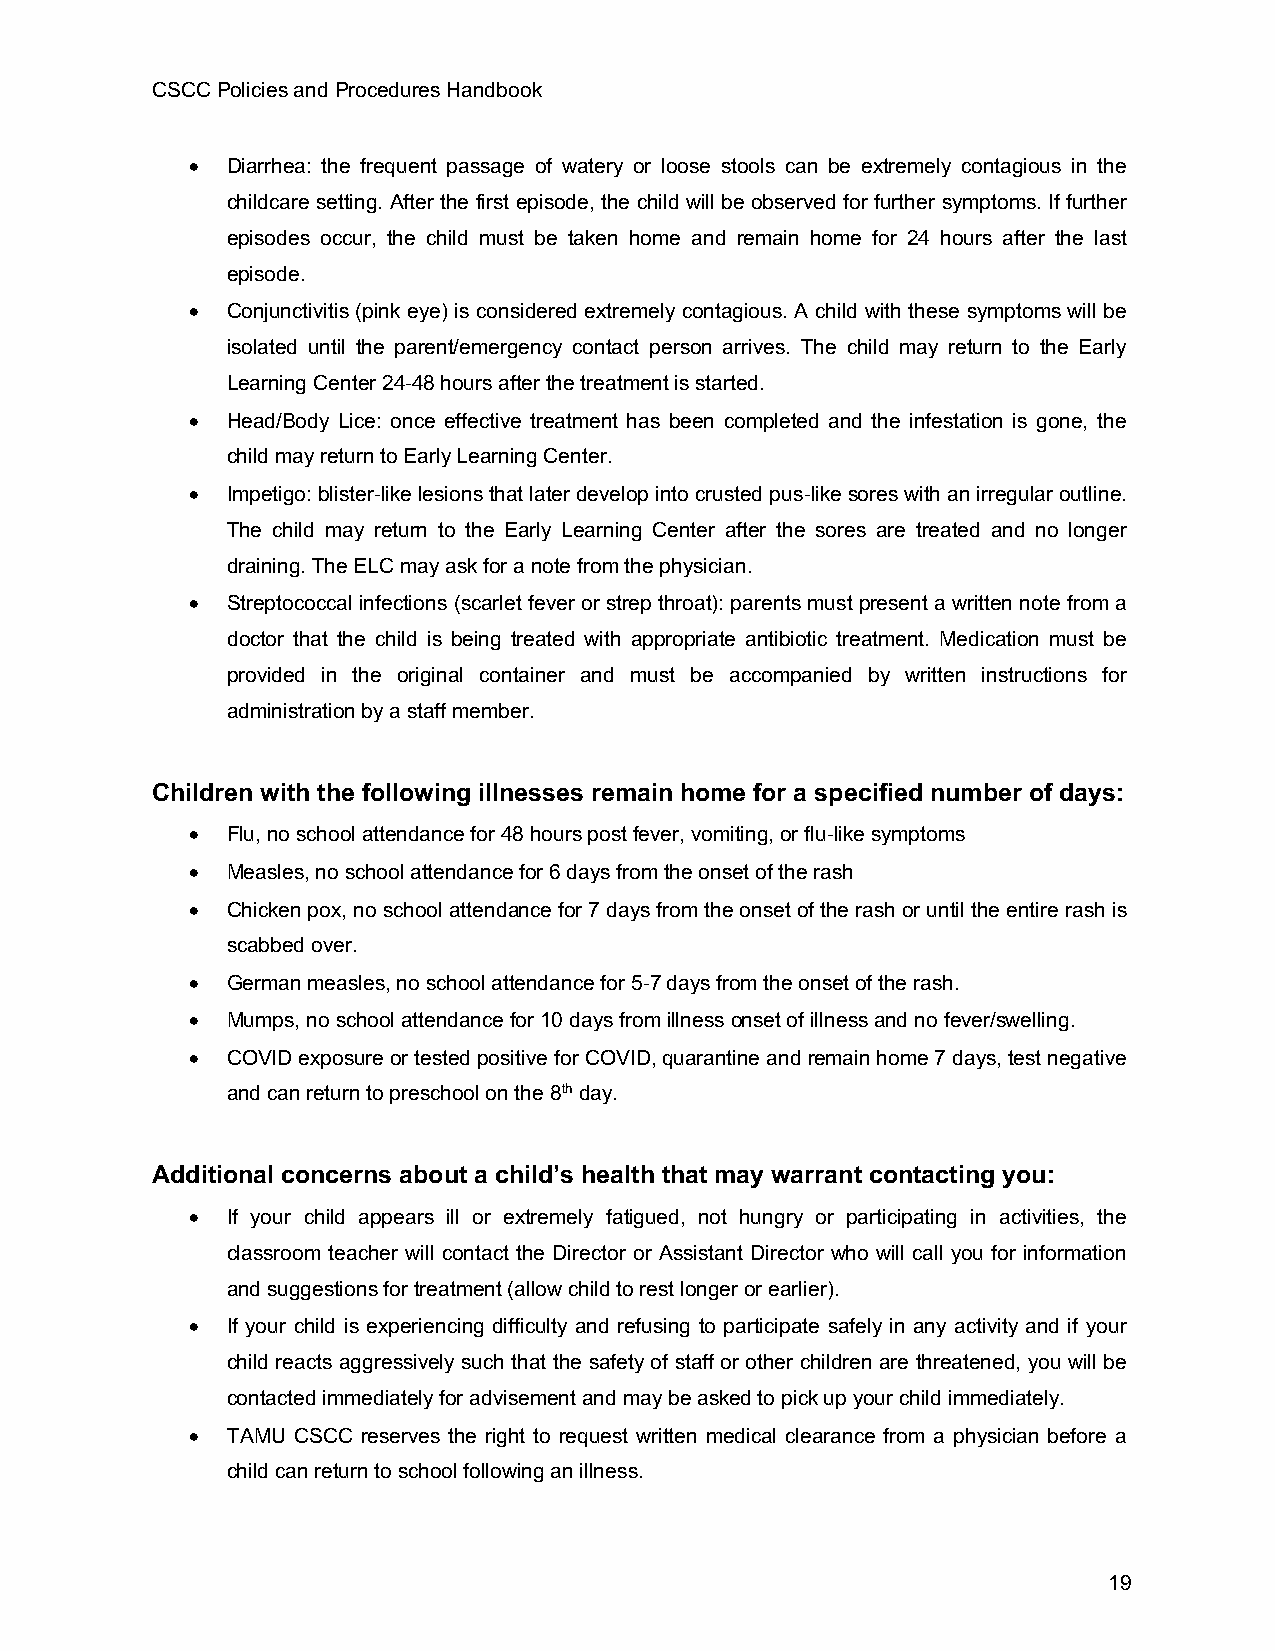
CSCC Policies and Procedures Handbook
 • Diarrhea: the frequent passage of watery or loose stools can be extremely contagious in the
 childcare setting. After the first episode, the child will be observed for further symptoms. If further
 episodes occur, the child must be taken home and remain home for 24 hours after the last
 episode.
 • Conjunctivitis (pink eye) is considered extremely contagious. A child with these symptoms will be
 isolated until the parent/emergency contact person arrives. The child may return to the Early
 Learning Center 24-48 hours after the treatment is started.
 • Head/Body Lice: once effective treatment has been completed and the infestation is gone, the
 child may return to Early Learning Center.
 • Impetigo: blister-like lesions that later develop into crusted pus-like sores with an irregular outline.
 The child may return to the Early Learning Center after the sores are treated and no longer
 draining. The ELC may ask for a note from the physician.
 • Streptococcal infections (scarlet fever or strep throat): parents must present a written note from a
 doctor that the child is being treated with appropriate antibiotic treatment. Medication must be
 provided in the original container and must be accompanied by written instructions for
 administration by a staff member.
 Children with the following illnesses remain home for a specified number of days:
 • Flu, no school attendance for 48 hours post fever, vomiting, or flu-like symptoms
 • Measles, no school attendance for 6 days from the onset of the rash
 • Chicken pox, no school attendance for 7 days from the onset of the rash or until the entire rash is
 scabbed over.
 • German measles, no school attendance for 5-7 days from the onset of the rash.
 • Mumps, no school attendance for 10 days from illness onset of illness and no fever/swelling.
 • COVID exposure or tested positive for COVID, quarantine and remain home 7 days, test negative
 and can return to preschool on the 8th day.
 Additional concerns about a child’s health that may warrant contacting you:
 • If your child appears ill or extremely fatigued, not hungry or participating in activities, the
 classroom teacher will contact the Director or Assistant Director who will call you for information
 and suggestions for treatment (allow child to rest longer or earlier).
 • If your child is experiencing difficulty and refusing to participate safely in any activity and if your
 child reacts aggressively such that the safety of staff or other children are threatened, you will be
 contacted immediately for advisement and may be asked to pick up your child immediately.
 • TAMU CSCC reserves the right to request written medical clearance from a physician before a
 child can return to school following an illness.
 19